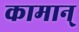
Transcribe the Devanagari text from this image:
कामान्